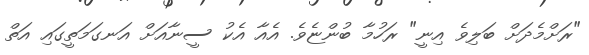
"ރަށްމެދަށް ބަލިވެ އިނީ" ރަހުމާ ބުންޏެވެ. އެއާ އެކު ސީނާއަށް އަނގަމަތީގައި އަތް